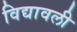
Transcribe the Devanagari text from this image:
विद्यावली